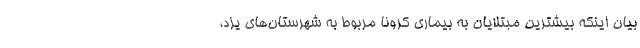
بیان اینکه بیشترین مبتلایان به بیماری کرونا مربوط به شهرستان‌های یزد،